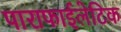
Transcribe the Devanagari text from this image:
पाराफाईलेटिक